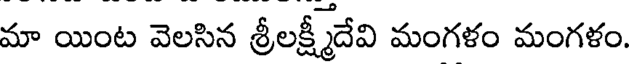
మా యింట వెలసిన శ్రీలక్ష్మీదేవి మంగళం మంగళం.